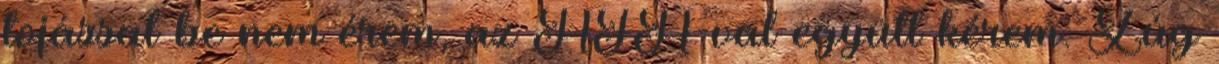
tojással be nem érem, az ÁFA-val együtt kérem. Zúg